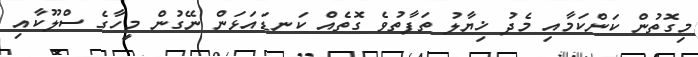
މިގޮތުން ކަންކަމާއި މެދު ޚިޔާލު ތަފާތުވެ ގޮތެއް ކަނޑައަޅަން ނޭގުން މީހާގެ ސްލޫކާއި